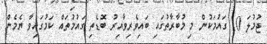
ޖުމުލަ 10 ގައުމަކުން މި މުބާރާތުގައި ބައިވެރިވާއިރު ބޮޑެތި ގައުމުތައް ކަމުގައިވާ ޔެމެން